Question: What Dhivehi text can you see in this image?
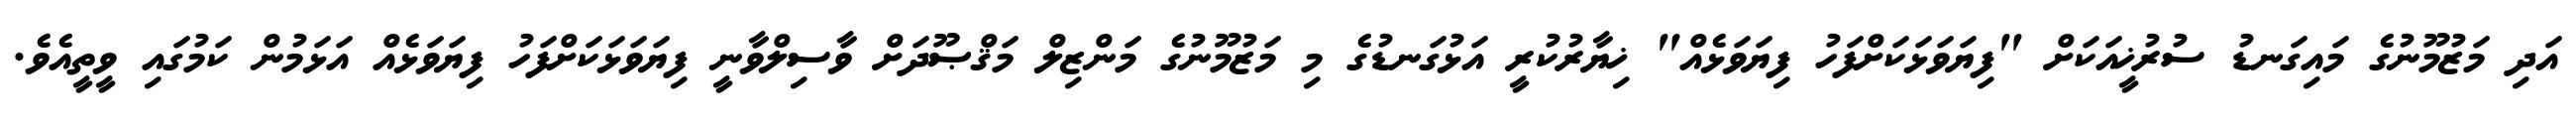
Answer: އަދި މަޒުމޫނުގެ މައިގަނޑު ސުރުޚީއަކަށް "ފިޔަވަޅަކަށްފަހު ފިޔަވަޅެއް" ޚިޔާރުކުރީ އަޅުގަނޑުގެ މި މަޒުމޫނުގެ މަންޒިލް މަޤްޞޫދަށް ވާސިލްވާނީ ފިޔަވަޅަކަށްފަހު ފިޔަވަޅެއް އަޅަމުން ކަމުގައި ވީތީއެވެ.